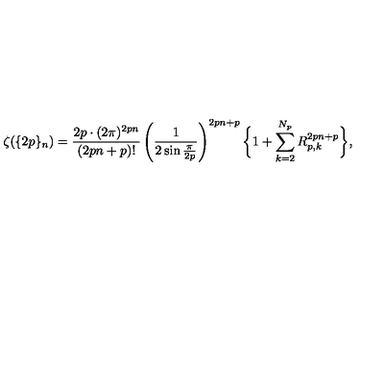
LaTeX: \zeta ( \{ 2 p \} _ { n } ) = \frac { 2 p \cdot ( 2 \pi ) ^ { 2 p n } } { ( 2 p n + p ) ! } \left( \frac { 1 } { 2 \sin \frac { \pi } { 2 p } } \right) ^ { 2 p n + p } \bigg \{ 1 + \sum _ { k = 2 } ^ { N _ { p } } R _ { p , k } ^ { 2 p n + p } \bigg \} ,